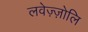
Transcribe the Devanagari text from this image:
लवेज़्ज़ोलि